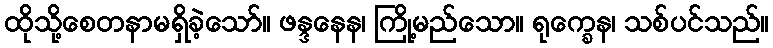
ထိုသို့စေတနာမရှိခဲ့သော်။ ဖန္ဒနေန၊ ကြို့မည်သော။ ရုက္ခေန၊ သစ်ပင်သည်။